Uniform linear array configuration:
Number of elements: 12
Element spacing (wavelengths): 0.75
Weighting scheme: hamming
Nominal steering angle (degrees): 15
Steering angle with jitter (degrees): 14.164
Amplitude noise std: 0.05
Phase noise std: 0.05

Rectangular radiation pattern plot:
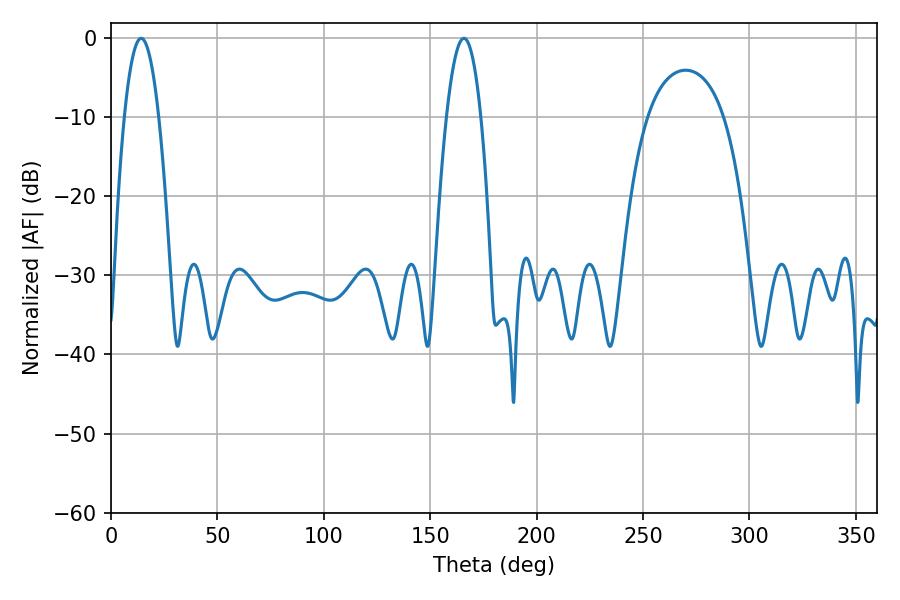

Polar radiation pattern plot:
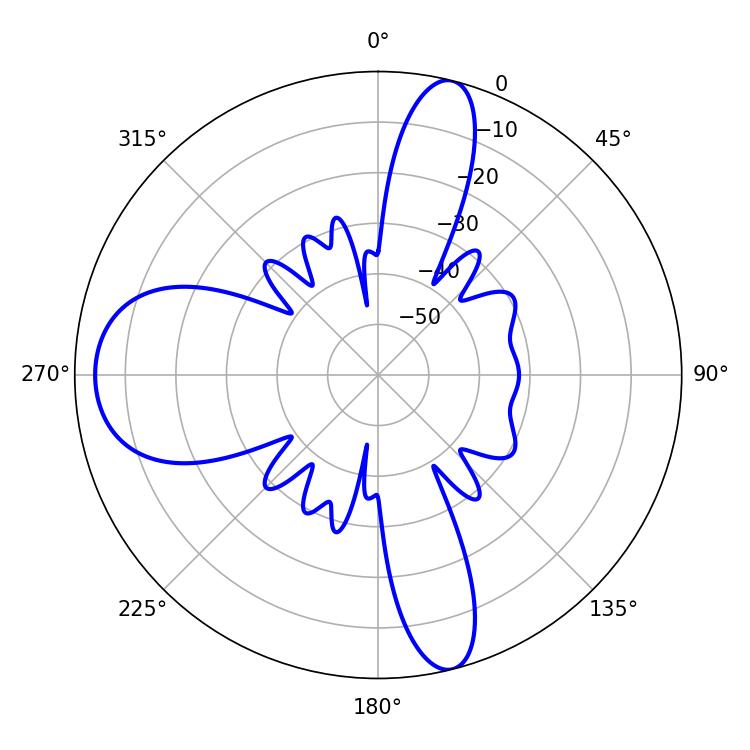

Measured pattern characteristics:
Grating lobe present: TRUE
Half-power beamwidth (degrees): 9
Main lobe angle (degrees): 165.78